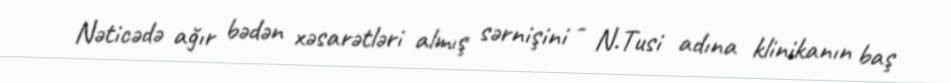
Nəticədə ağır bədən xəsarətləri almış sərnişini - N.Tusi adına klinikanın baş